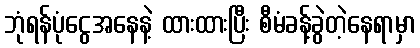
ဘုံရန်ပုံငွေအနေနဲ့ ထားထားပြီး စီမံခန့်ခွဲတဲ့နေရာမှာ